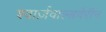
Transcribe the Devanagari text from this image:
श्वार्ज़वाल्डवेरीन